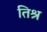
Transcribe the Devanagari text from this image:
तिश्र